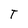
Character: T